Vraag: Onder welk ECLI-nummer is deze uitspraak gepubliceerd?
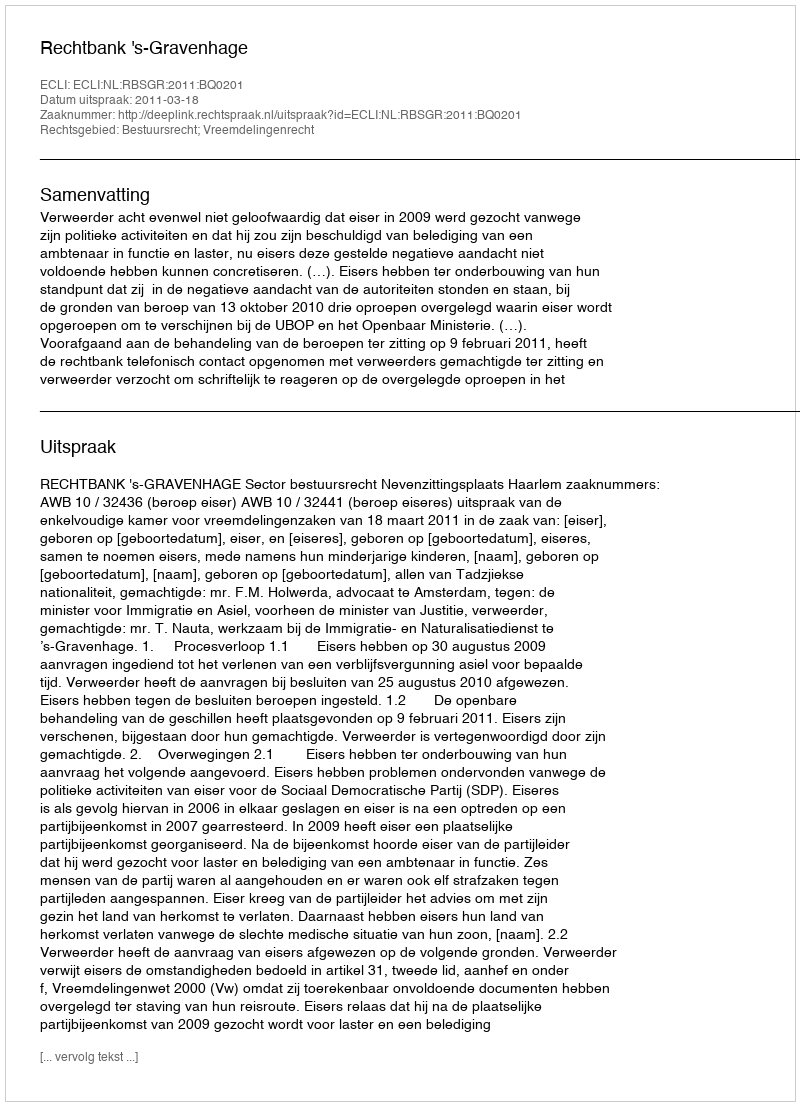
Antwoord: ECLI:NL:RBSGR:2011:BQ0201